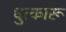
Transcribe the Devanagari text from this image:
धुत्कारू